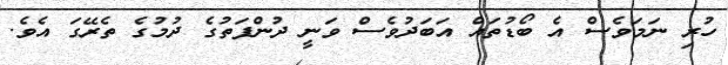
ހުރި ނަމަވެސް އެ ބޯޑުތައް އަބަދުވެސް ވަނީ ދުންފަތުގެ ދުމުގެ ތެރޭގަ އެވެ.